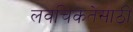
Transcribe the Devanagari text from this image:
लवचिकतेसाठी